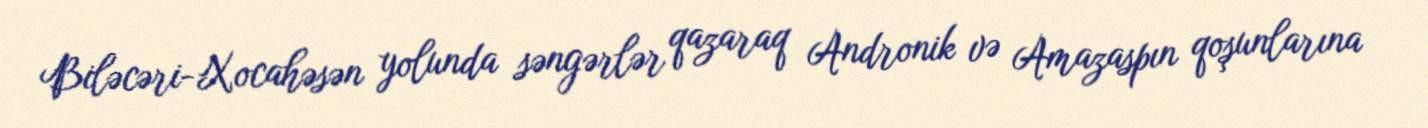
Biləcəri-Xocahəsən yolunda səngərlər qazaraq Andronik və Amazaspın qoşunlarına